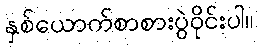
နှစ်ယောက်စာစားပွဲဝိုင်းပါ။